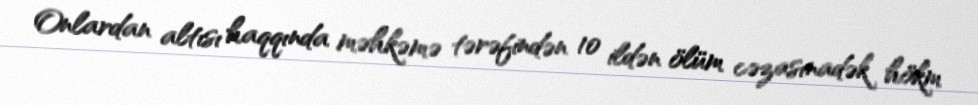
Onlardan altısı haqqında məhkəmə tərəfindən 10 ildən ölüm cəzasınadək hökm